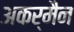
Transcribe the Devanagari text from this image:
अकर्मैन